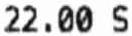
22.00 S